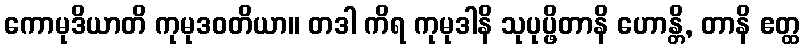
ကောမုဒိယာတိ ကုမုဒဝတိယာ။ တဒါ ကိရ ကုမုဒါနိ သုပုပ္ဖိတာနိ ဟောန္တိ, တာနိ ဧတ္ထ